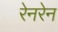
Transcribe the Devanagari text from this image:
रेनरेन